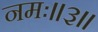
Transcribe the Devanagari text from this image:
नमः॥३॥